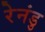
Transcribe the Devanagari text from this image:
रेनंडु